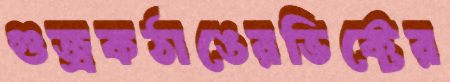
গুজ্‌রকঠাঙেরভিক্টের